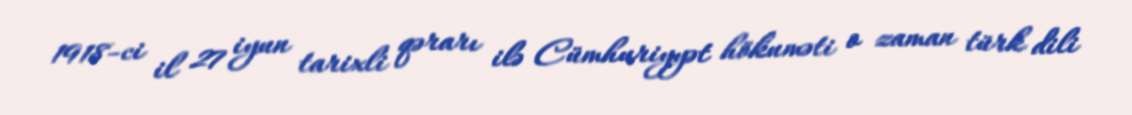
1918-ci il 27 iyun tarixli qərarı ilə Cümhuriyyət hökuməti o zaman türk dili